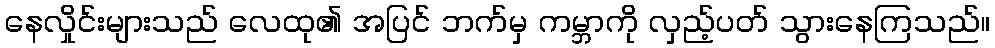
နေလှိုင်းများသည် လေထု၏ အပြင် ဘက်မှ ကမ္ဘာကို လှည့်ပတ် သွားနေကြသည်။